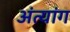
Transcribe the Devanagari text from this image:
अंत्यांग